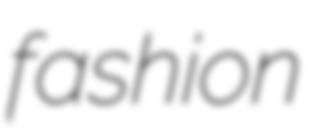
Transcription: fashion